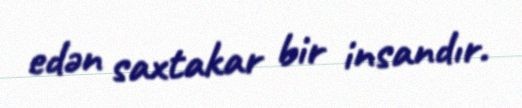
edən saxtakar bir insandır.